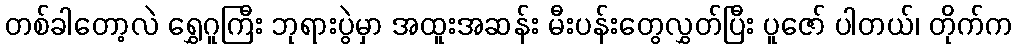
တစ်ခါတော့လဲ ရွှေဂူကြီး ဘုရားပွဲမှာ အထူးအဆန်း မီးပန်းတွေလွှတ်ပြီး ပူဇော် ပါတယ်၊ တိုက်က